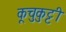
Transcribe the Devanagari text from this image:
कूचुकुट्टी